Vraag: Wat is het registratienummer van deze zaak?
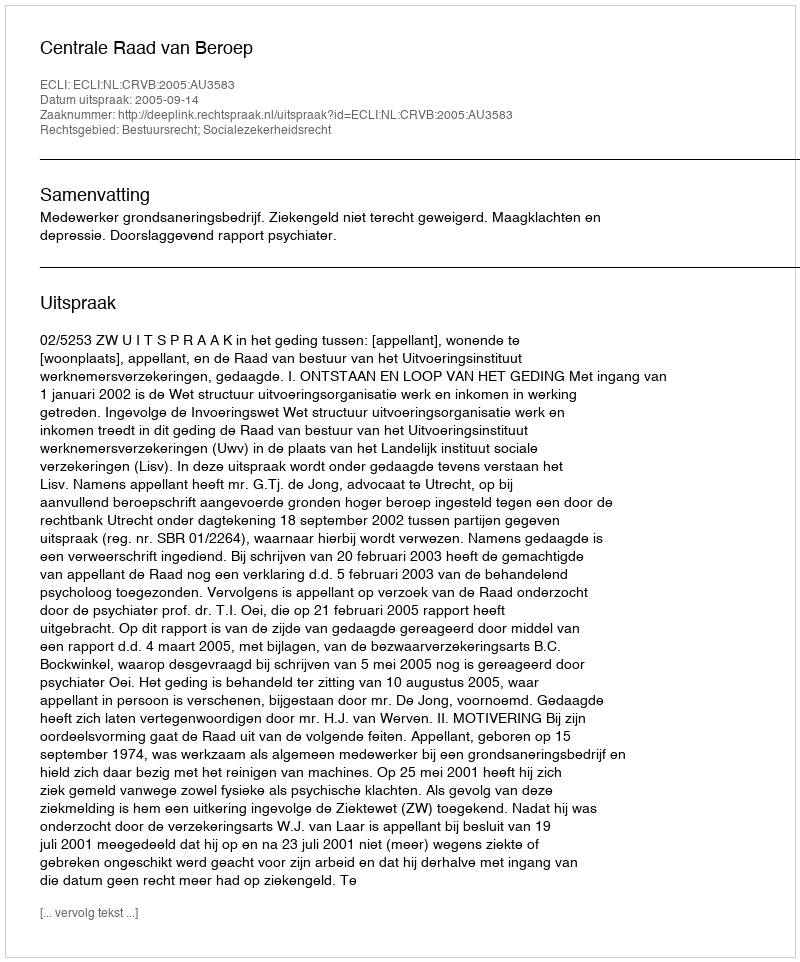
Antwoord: http://deeplink.rechtspraak.nl/uitspraak?id=ECLI:NL:CRVB:2005:AU3583